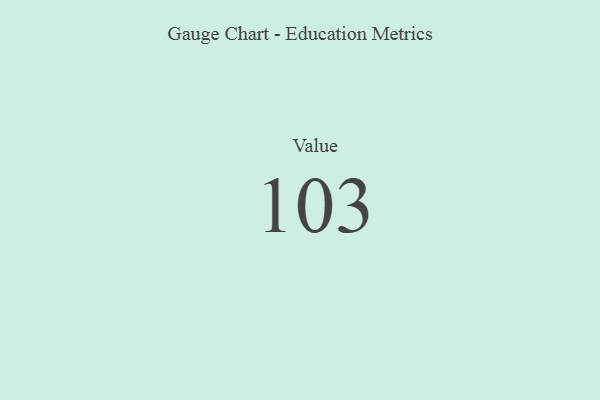
{"axis": {"x": "Metric", "y": "Value"}, "legend": [""], "data": [{"x": "Value", "y": 103, "type": ""}]}